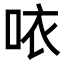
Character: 𠲖